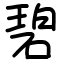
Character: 碧